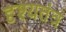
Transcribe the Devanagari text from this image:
दृश्यतंत्र